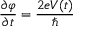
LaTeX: { \frac { \partial \varphi } { \partial t } } = { \frac { 2 e V ( t ) } { \hbar } }